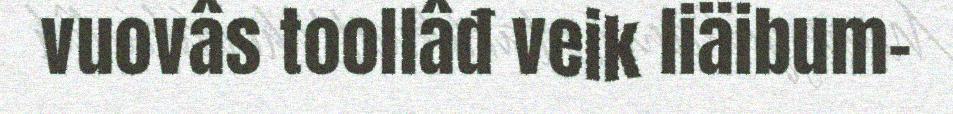
vuovâs toollâđ veik liäibum-